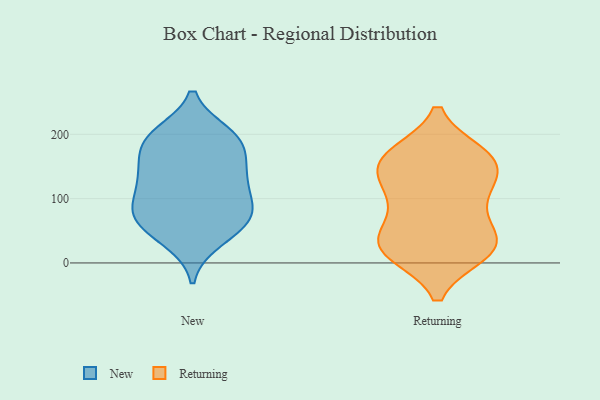
{"axis": {"x": "Conversion Rate (%)", "y": "Value"}, "legend": ["New", "Returning"], "data": [{"x": "", "y": 35, "type": "New"}, {"x": "", "y": 43, "type": "New"}, {"x": "", "y": 196, "type": "New"}, {"x": "", "y": 79, "type": "New"}, {"x": "", "y": 183, "type": "New"}, {"x": "", "y": 75, "type": "New"}, {"x": "", "y": 92, "type": "New"}, {"x": "", "y": 71, "type": "New"}, {"x": "", "y": 130, "type": "New"}, {"x": "", "y": 200, "type": "New"}, {"x": "", "y": 150, "type": "New"}, {"x": "", "y": 193, "type": "New"}, {"x": "", "y": 83, "type": "New"}, {"x": "", "y": 191, "type": "New"}, {"x": "", "y": 149, "type": "New"}, {"x": "", "y": 124, "type": "New"}, {"x": "", "y": 129, "type": "New"}, {"x": "", "y": 62, "type": "New"}, {"x": "", "y": 158, "type": "Returning"}, {"x": "", "y": 162, "type": "Returning"}, {"x": "", "y": 98, "type": "Returning"}, {"x": "", "y": 168, "type": "Returning"}, {"x": "", "y": 28, "type": "Returning"}, {"x": "", "y": 153, "type": "Returning"}, {"x": "", "y": 109, "type": "Returning"}, {"x": "", "y": 54, "type": "Returning"}, {"x": "", "y": 22, "type": "Returning"}, {"x": "", "y": 16, "type": "Returning"}, {"x": "", "y": 140, "type": "Returning"}, {"x": "", "y": 166, "type": "Returning"}, {"x": "", "y": 28, "type": "Returning"}, {"x": "", "y": 17, "type": "Returning"}, {"x": "", "y": 38, "type": "Returning"}, {"x": "", "y": 105, "type": "Returning"}]}